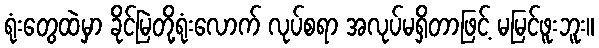
ရုံးတွေထဲမှာ ခိုင်မြဲတို့ရုံးလောက် လုပ်စရာ အလုပ်မရှိတာဖြင့် မမြင်ဖူးဘူး။